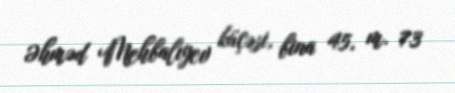
Əhməd Mehbalıyev küçəsi, bina 45, m. 73